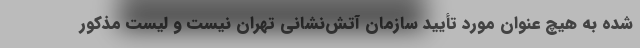
شده به هیچ عنوان مورد تأیید سازمان آتش‌نشانی تهران نیست و لیست مذکور